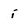
Character: i